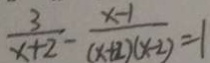
\frac { 3 } { x + 2 } - \frac { x - 1 } { ( x + 2 ) ( x - 2 ) } = 1